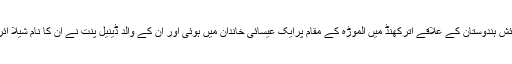
بیگم رعنا کی پیدائش ہندوستان کے علاقے اترکھنڈ میں الموڑہ کے مقام پرایک عیسائی خاندان میں ہوئی اور ان کے والد ڈینیل پنت نے ان کا نام شیلا آئرین پنت رکھا تھا۔